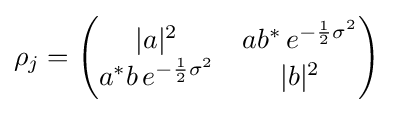
\rho _{j}={\begin{pmatrix}|a|^{2}&ab^{\ast }\,e^{-{\frac {1}{2}}\sigma ^{2}}\\a^{\ast }b\,e^{-{\frac {1}{2}}\sigma ^{2}}&|b|^{2}\end{pmatrix}}